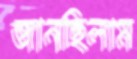
জানছিলাম